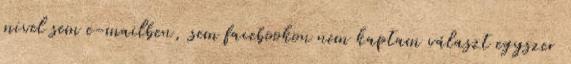
mivel sem e-mailben, sem facebookon nem kaptam választ egyszer